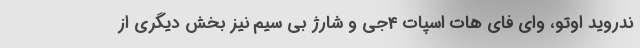
ندروید اوتو، وای فای هات اسپات 4جی و شارژ بی سیم نیز بخش دیگری از